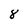
Character: 8